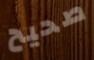
صحيح